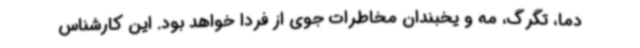
دما، تگرگ، مه و یخبندان مخاطرات جوی از فردا خواهد بود. این کارشناس